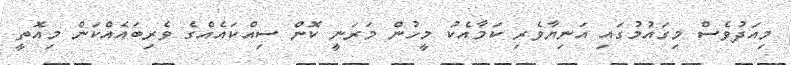
މިއަދުވެސް މިގައުމުގައި އަނިޔާވެރި ކަމާއެކު މީހުން މަރަނީ ކޮން ސިއްކައެއްގެ ވެރިބައެއްކަން މިއޮތީ